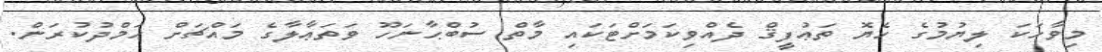
މިވާހަކަ ލިޔުމުގެ ހެޔޮ ތަޢުފީޤް ދެއްވިކަމަށްޓަކައި މާތް ސުބްޙާނަހޫ ވަތަޢާލާގެ މައްޗަށް ޙަމްދުކުރަން.